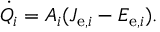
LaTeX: { \dot { Q } } _ { i } = A _ { i } ( J _ { \mathrm { e } , i } - E _ { \mathrm { e } , i } ) .